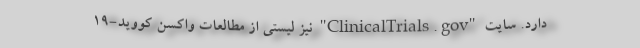
دارد. سایت "ClinicalTrials.gov" نیز لیستی از مطالعات واکسن کووید-۱۹